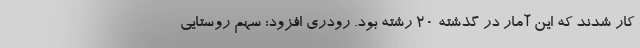
کار شدند که این آمار در گذشته ۲۰ رشته بود. رودری افزود: سهم روستایی